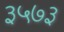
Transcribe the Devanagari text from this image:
३५७३